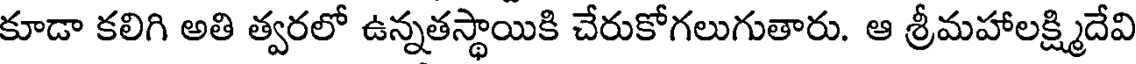
కూడా కలిగి అతి త్వరలో ఉన్నతస్థాయికి చేరుకోగలుగుతారు. ఆ శ్రీమహాలక్ష్మిదేవి